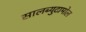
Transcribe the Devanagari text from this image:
सालब्युटामोल